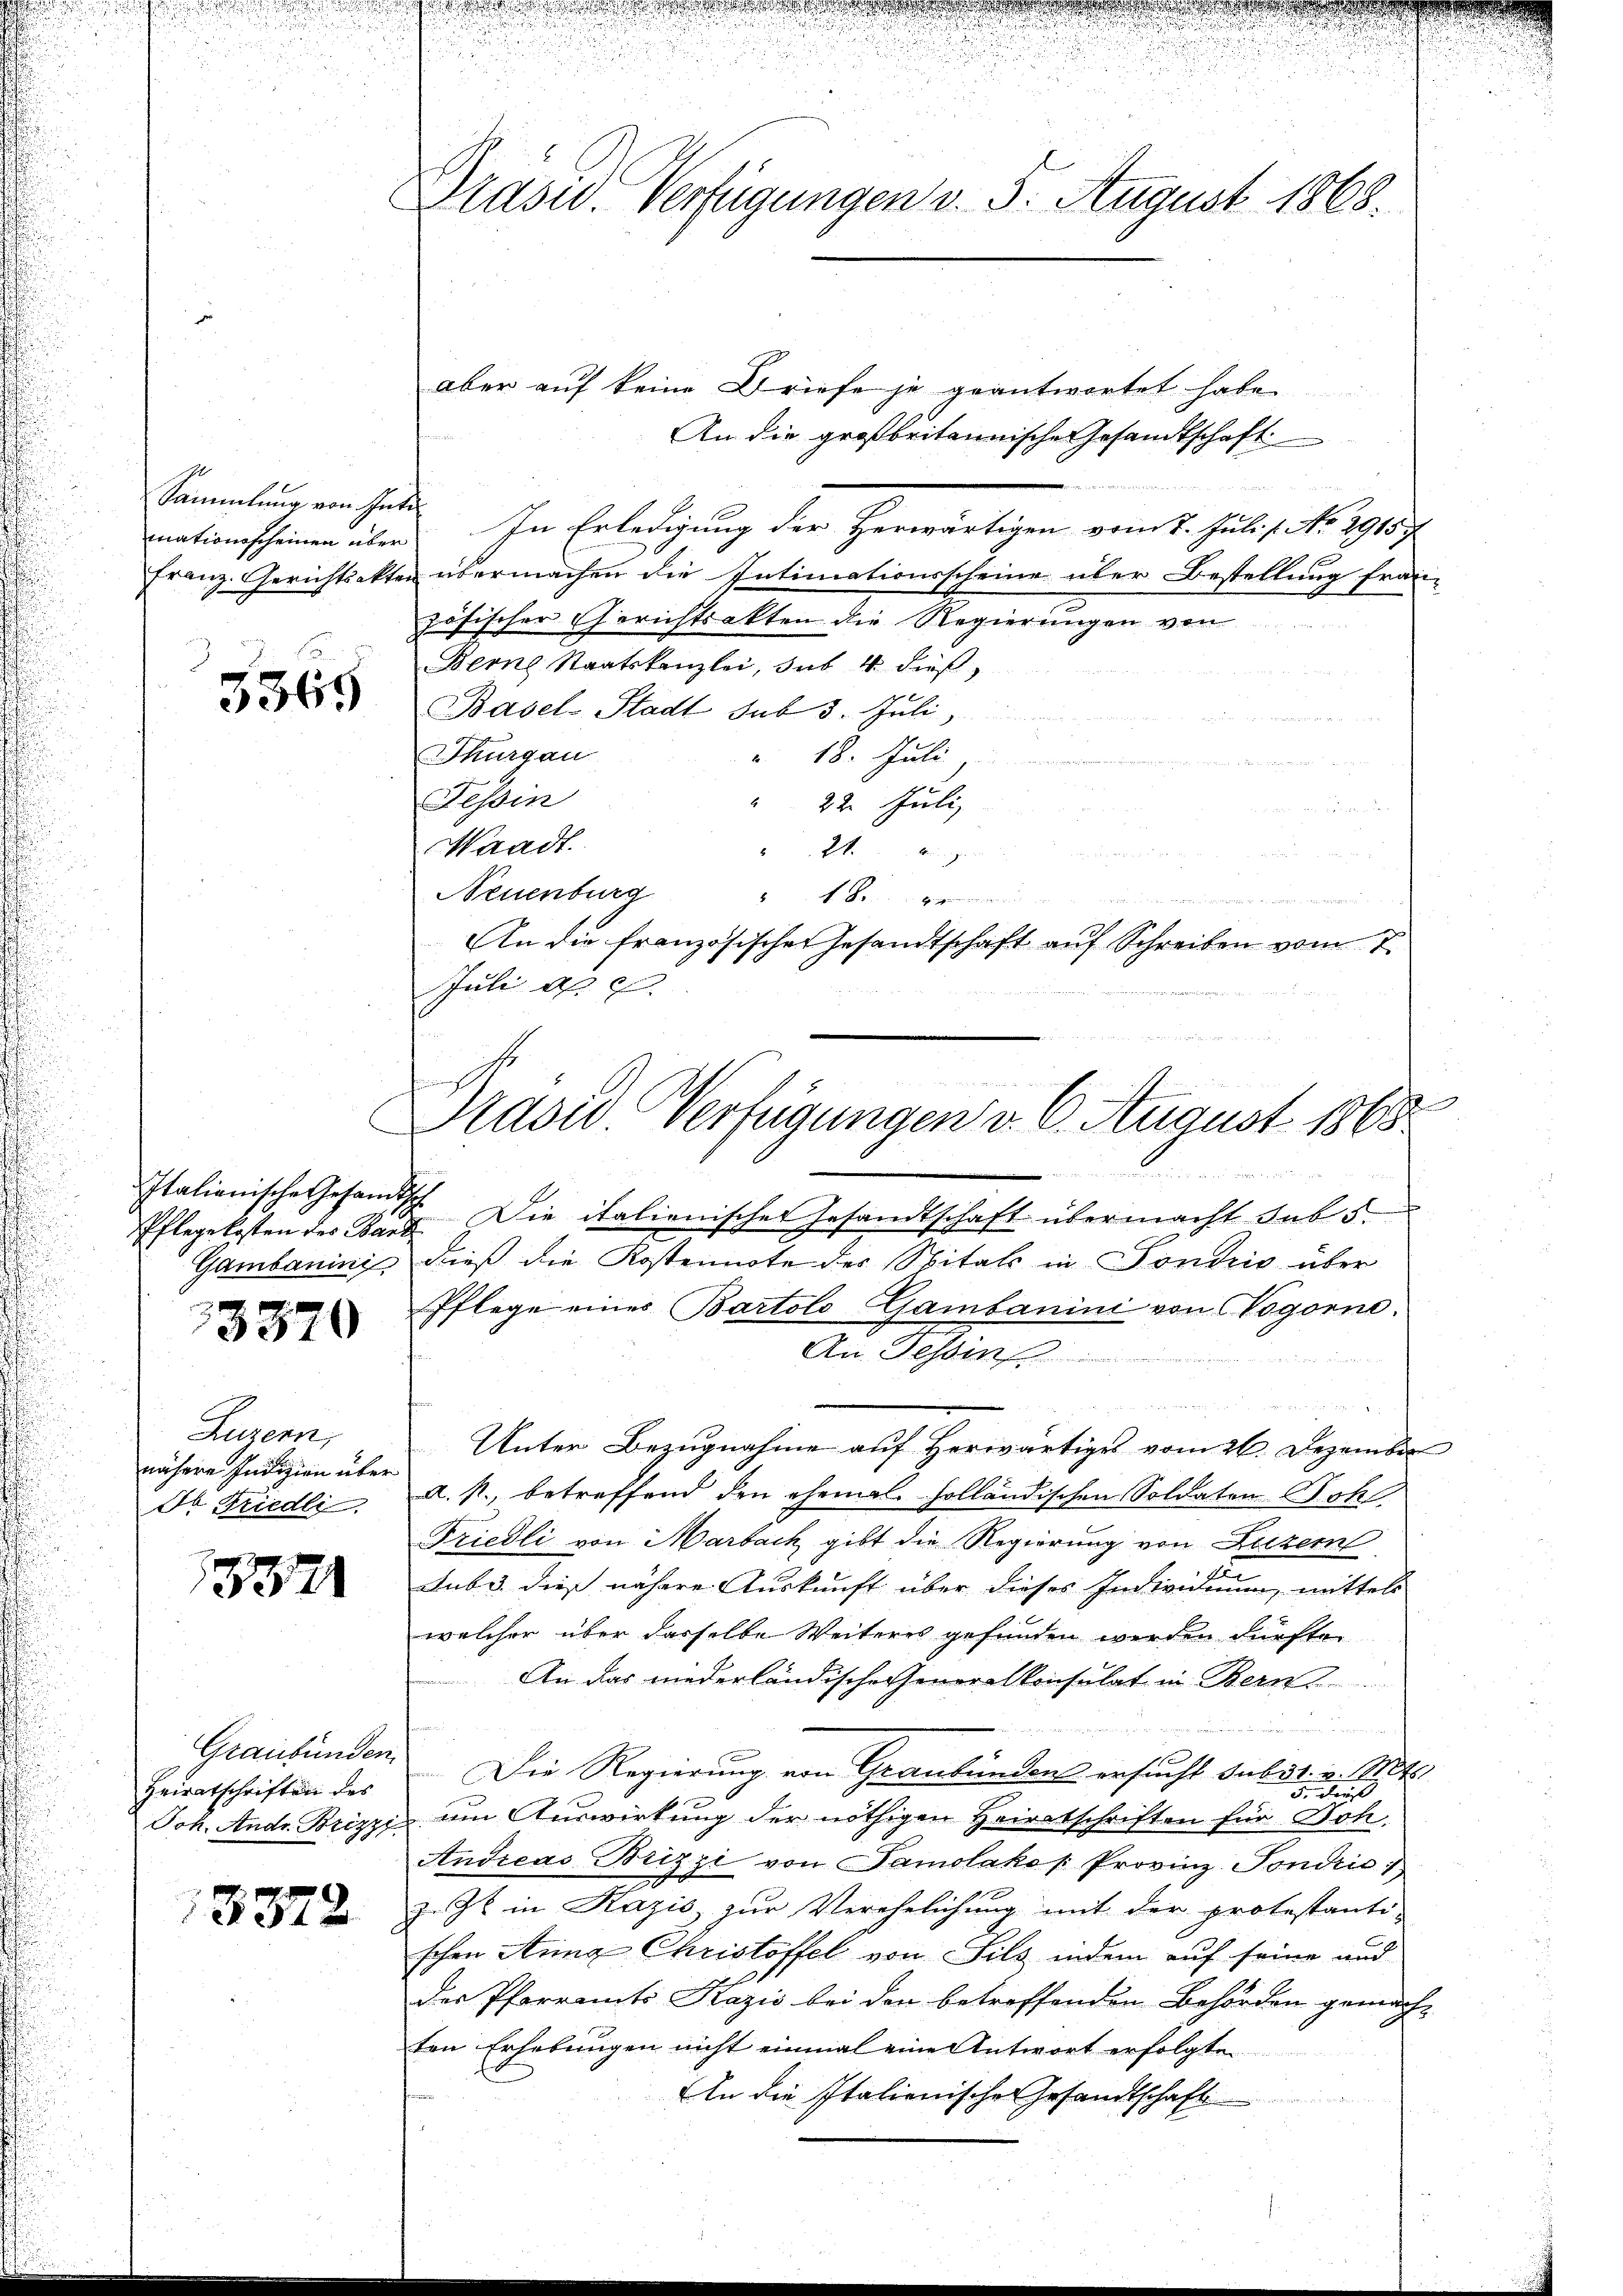
Sammlung von Inte

3369

Italienische Gesandt.
Pflege kosten des Barr
Gambanini

3370

Luzern,
nähere Indizion über
Ib Friedli

1552

Graubünden.
Heiratschriften des
Joh. Andr. Brizzi

8372

Präsid. Verfügungen v. 5. August 1868.

aber auf keine Briefe je geantwortet habe
An die großbritannische Gesandtschaft
mationsscheinen über. In Erledigung der Herwärtigen vom 2. Juli s. No. 2915.
Franz-Gerichtsakten übermachen die Intimationsscheine über Bestellung fran
zösischer Gerichtsakten die Regierungen von
Berne Staatskanzlei, sub. 4 dieß,
Basel-Stadt sub 3. Juli,
Thurgau
" 18. Juli
e
Tessin
22. Juli
Waadt.
24

Neuenburg
4

An die französischer Gesandtschaft auf Schreiben vom 7.
Juli asc
1 Die italienischer Gesandtschaft übermacht sub 5
dieß die Kostennote der Spital in Sondris über
Pflege eines Bartolo Gambanini von Cogorne
An Tessin
u
Unter Bezugnahme auf Herwärtiges vom 26. Dezember
A.s., betreffend den ehemal. holländischen Soldaten Bohl
Friedli von Marbach gibt die Regierung von Luzern
Sube dies nähere Auskunft über dieses Individuum, mittels
welcher über dasselbe Weiteres gefunden werden dürfte.
An das niederländische Generalkonsulat in Bern

Die Regierung von Graubünden ersucht subst. v. Mtt.
 Frist
am Auswirkung der nöthigen Heirabschriften für Doh
Andreas Brizzi von Samolakos Provinz-Tondric
zugt in Kazić zur Verehelichung mit der protestanti-
schon Anna Christoffel von Silz, indem auf seine und
der Pfarramts Kazis bei den betreffenden Behörden gemach-
ten Erhebungen nicht einmal eine Antwort erfolgte
An die Italienische Gesandtschaft
n

u
.
Präsid. Verfügungen v. 6. August 1868

e